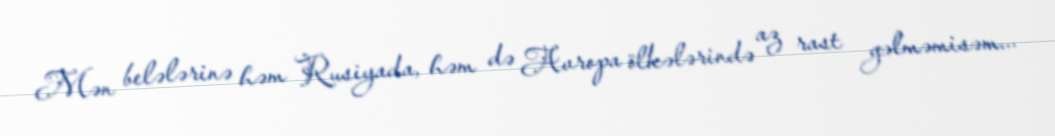
Mən belələrinə həm Rusiyada, həm də Avropa ölkələrində az rast gəlməmisəm...